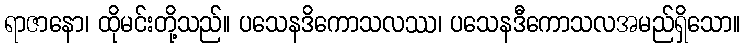
ရာဇာနော၊ ထိုမင်းတို့သည်။ ပသေနဒိကောသလဿ၊ ပသေနဒီကောသလအမည်ရှိသော။